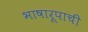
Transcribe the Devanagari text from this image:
भाषारूपाची